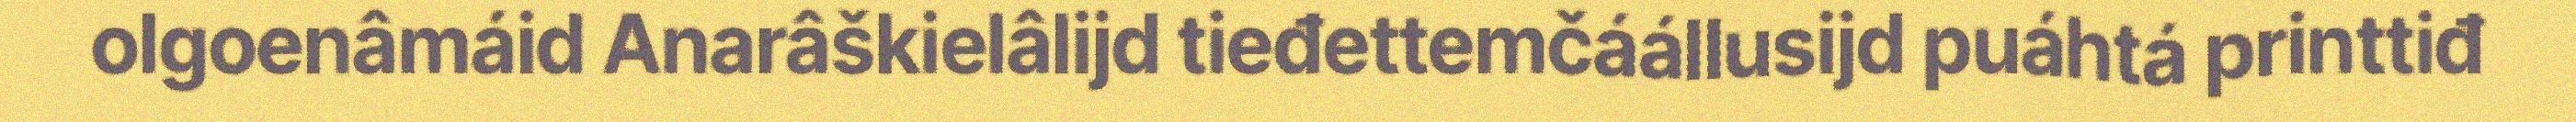
olgoenâmáid Anarâškielâlijd tieđettemčáállusijd puáhtá printtiđ